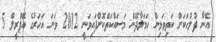
އޭނާ ފުލުހަކަށް ކަތިވަޅިން ހަމަލާދޭން މަސައްކަތްކޮށްފައިވަނީ 2012 ވަނަ އަހަރުގެ އޭޕްރީލް 5